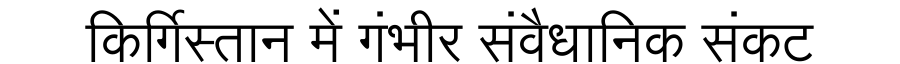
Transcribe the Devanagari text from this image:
किर्गिस्तान में गंभीर संवैधानिक संकट